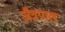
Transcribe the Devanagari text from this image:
जैत्रपाल